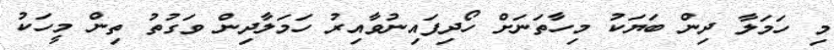
މި ހަމަލާ ދިން ބަޔަކު މިހާތަނަށް ހޯދިފައިނުވާއިރު ހަމަލާދިން ވަގުތު ތިން މީހަކު